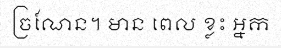
ច្រណែន។ មាន ពេល ខ្លះ អ្នក